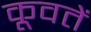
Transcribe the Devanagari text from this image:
कूवतें